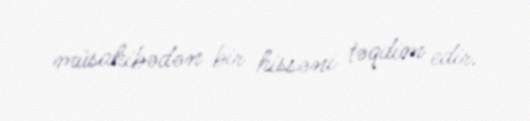
müsahibədən bir hissəni təqdim edir.